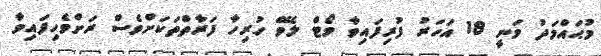
މުޙައްމަދު ވަނީ 18 އަހަރު ފުރިފައިވާ ވޯޓް ލެވޭ ހުރިހާ ފަރާތްތަކަށްވެސް ރަށްވެހިފައިވާ